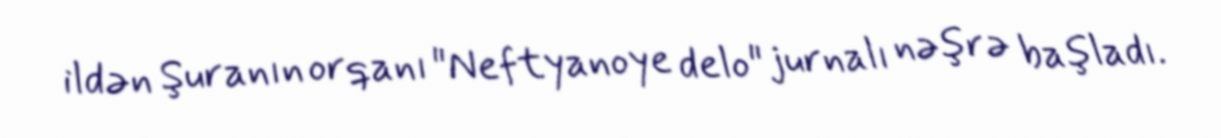
ildən Şuranın orqanı "Neftyanoye delo" jurnalı nəşrə başladı.